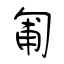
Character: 匍